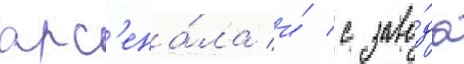
арс'ена́ла и́ с заво́да